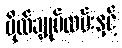
ဗိုလ်ချုပ်လမ်းနှင့်